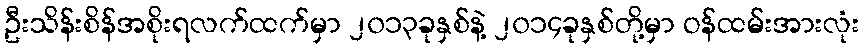
ဦးသိန်းစိန်အစိုးရလက်ထက်မှာ ၂၀၁၃ခုနှစ်နဲ့ ၂၀၁၄ခုနှစ်တို့မှာ ဝန်ထမ်းအားလုံး